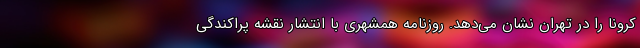
کرونا را در تهران نشان می‌دهد. روزنامه همشهری با انتشار نقشه‌ پراکندگی